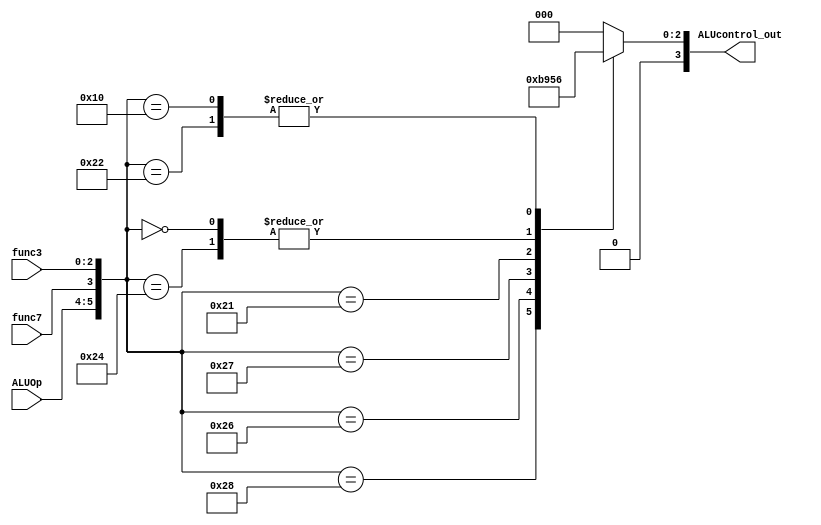
module ALU_Control (ALUOp, func7, func3, ALUcontrol_out);
    input [1:0] ALUOp;
    input func7;
    input [14:12] func3;
    output reg [3:0] ALUcontrol_out;

    always @(*) begin
        case ({ALUOp, func7, func3})

            6'b10_0_000 : ALUcontrol_out = 4'b0000;  // R-type - add
            6'b10_1_000 : ALUcontrol_out = 4'b0001;  // R type - subtract
            6'b10_0_100 : ALUcontrol_out = 4'b0010;  // R type - xor
            6'b10_0_110 : ALUcontrol_out = 4'b0011;  // R type - or
            6'b10_0_111 : ALUcontrol_out = 4'b0100;  // R type - and
            6'b10_0_001 : ALUcontrol_out = 4'b0101;  // R type - shift left logical
            6'b10_0_010 : ALUcontrol_out = 4'b0110;  // R type - or shift right logical
         //   6'b10_0_110 : ALUcontrol_out = 4'b0001;  // R type - or shift right arithmetic - msb extends
            6'b10_0_110 : ALUcontrol_out = 4'b0111;  // R type - or set less than
        //    6'b10_0_110 : ALUcontrol_out = 4'b0001;  // R type - or set less than - zero extends
            6'b00_0_000 : ALUcontrol_out = 4'b0010;  //load double word & store double word - add
            6'b01_0_000 : ALUcontrol_out = 4'b0110;  // branch if equal - subtract
            
            

            default: ALUcontrol_out = 4'b000;
        endcase
    end
endmodule